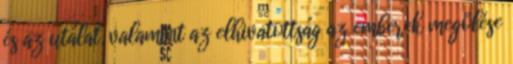
és az utálat, valamint az elhivatottság az emberek megölése